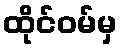
ထိုင်ဝမ်မှ